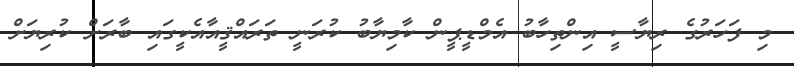
މި ފަހަރުގެ ރިޔާސީ އިންތިހާބު އެމްޑީޕީން ކާމިޔާބު ކުރަނީ ތަރައްޤީއާއެކީގައި ބާރަށް ކުރިޔަށް